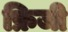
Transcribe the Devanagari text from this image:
फ्रिजी